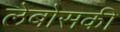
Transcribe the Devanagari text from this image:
लेबोसकी